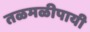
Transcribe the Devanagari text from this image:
तळमळीपायी